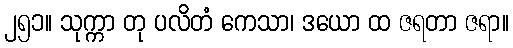
၂၅၁။ သုက္ကာ တု ပလိတံ ကေသာ၊ ဒယော ထ ဇရတာ ဇရာ။